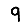
Digit: 9